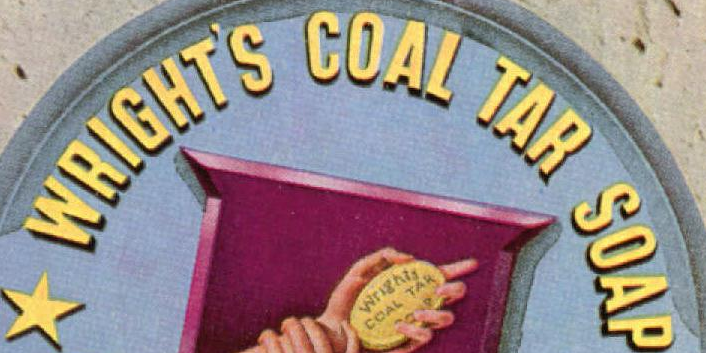
WRIGHT'S COAL TAR SOAP